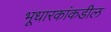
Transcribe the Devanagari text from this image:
भूधारकांकडील